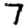
Digit: 7